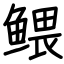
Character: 鳂